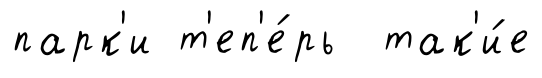
парк'и т'еп'е́рь так'и́е